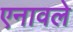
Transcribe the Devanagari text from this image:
एनावले